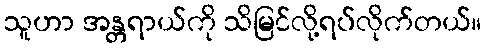
သူဟာ အန္တရာယ်ကို သိမြင်လို့ရပ်လိုက်တယ်။